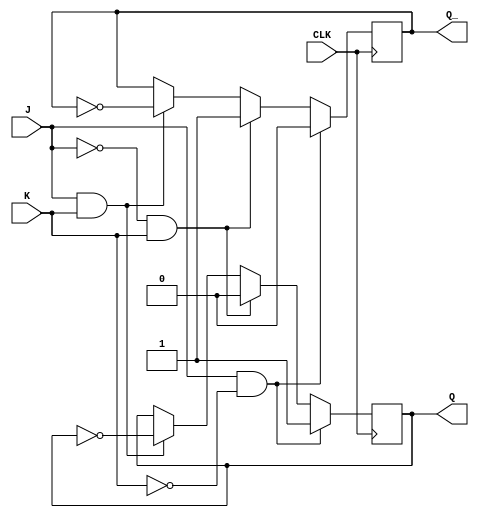
module JK_latch (
    input wire J,
    input wire K,
    input wire CLK,
    output reg Q,
    output reg Q_
);

always @(posedge CLK) begin
    if (J & !K) begin
        Q <= 1;
        Q_ <= 0;
    end else if (!J & K) begin
        Q <= 0;
        Q_ <= 1;
    end else if (J & K) begin
        Q <= ~Q;
        Q_ <= ~Q_;
    end
end

endmodule